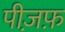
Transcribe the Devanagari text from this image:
पीज़फ़